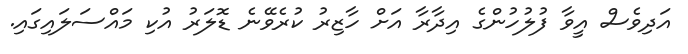
އަދިވެސް އީވާ ފުލުހުންގެ އިދާރާ އަށް ހާޒިރު ކުރެވޭނެ ޑޮލަރު އުކި މައްސަލައިގައި.